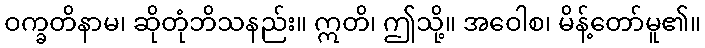
ဝက္ခတိနာမ၊ ဆိုတုံဘိသနည်း။ ဣတိ၊ ဤသို့။ အဝေါစ၊ မိန့်တော်မူ၏။